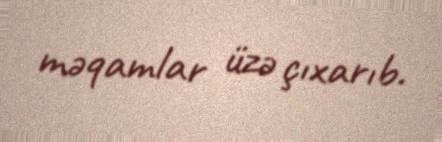
məqamlar üzə çıxarıb.